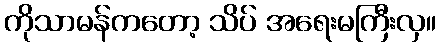
ကိုသာမန်ကတော့ သိပ် အရေးမကြီးလှ။